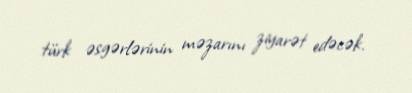
türk əsgərlərinin məzarını ziyarət edəcək.